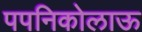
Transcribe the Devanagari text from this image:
पपनिकोलाऊ